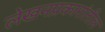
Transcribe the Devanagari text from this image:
लेखनप्रकारांतील